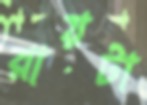
রায়টা